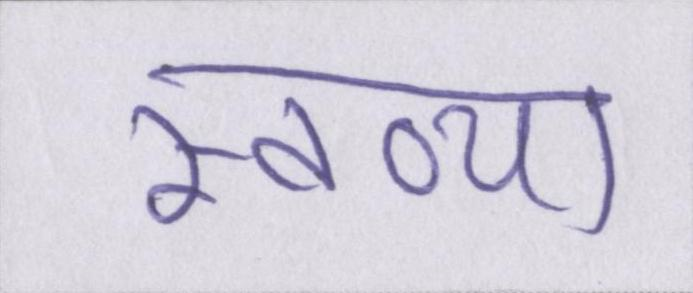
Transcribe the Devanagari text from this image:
स्तव्या